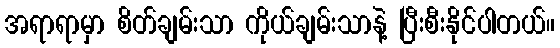
အရာရာမှာ စိတ်ချမ်းသာ ကိုယ်ချမ်းသာနဲ့ ပြီးစီးနိုင်ပါတယ်။